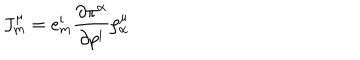
LaTeX: J _ { \mathrm { m } } ^ { \mu } = e _ { \mathrm { m } } ^ { \mathrm { i } } { \frac { \partial \pi ^ { \alpha } } { \partial p ^ { \mathrm { i } } } } \zeta _ { \alpha } ^ { \mu }